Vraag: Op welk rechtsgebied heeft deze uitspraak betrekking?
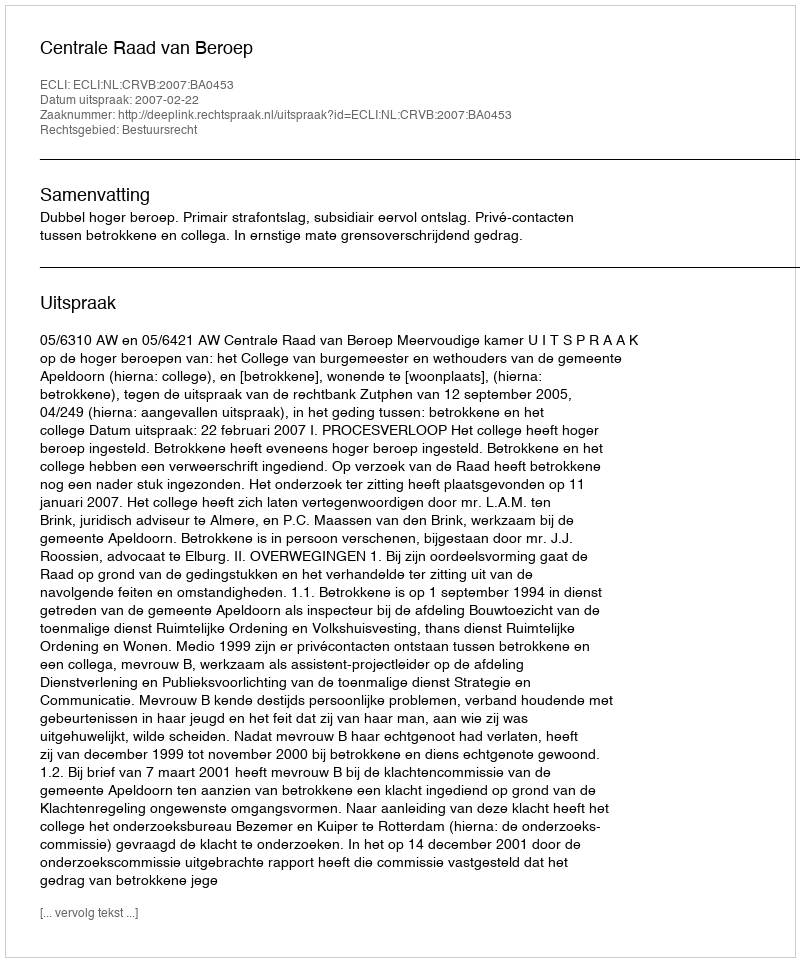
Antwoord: Bestuursrecht